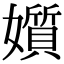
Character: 㜱